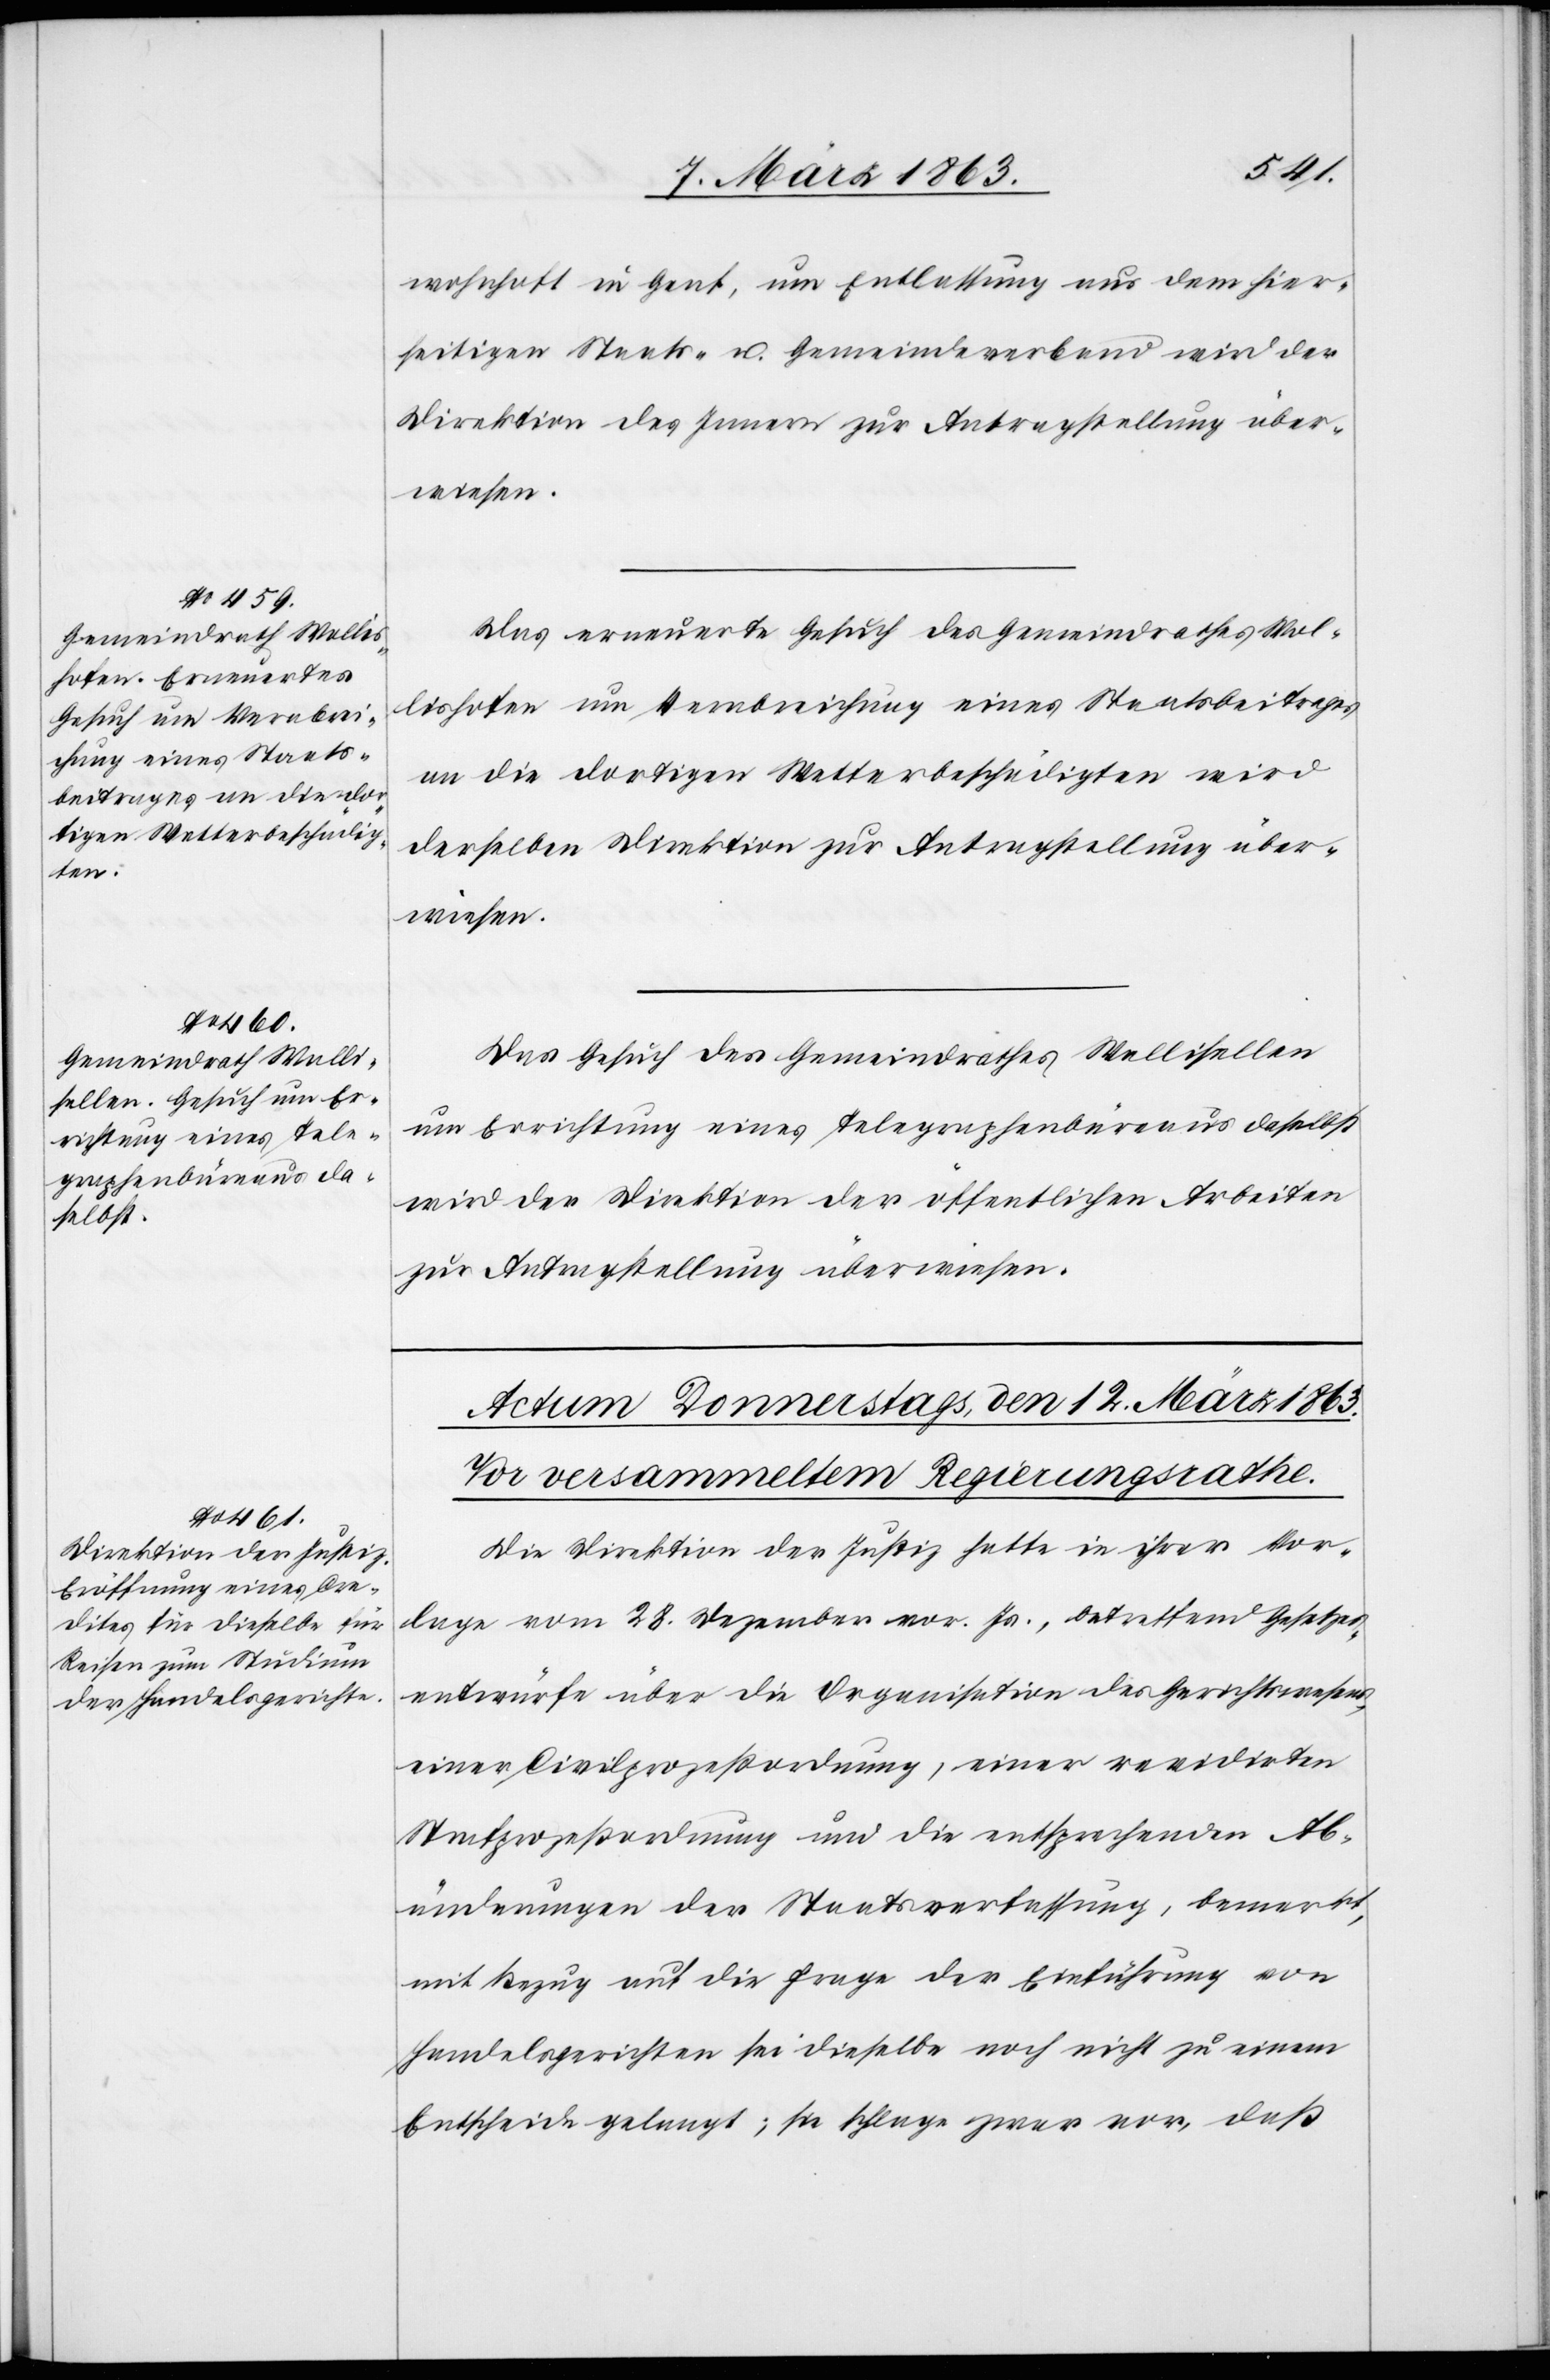
wohnhaft in Genf, um Entlassung aus dem hier¬
seitigen Staats- u. Gemeindeverband wird der
Direktion des Innern zur Antragstellung über¬
wiesen.
Das erneuerte Gesuch des Gemeindrathes Wol¬
lishofen um Verabreichung eines Staatsbeitrages
an die dortigen Wetterbeschädigten wird
derselben Direktion zur Antragstellung über¬
wiesen.
Das Gesuch des Gemeindrathes Wallisellen
um Errichtung eines Telegraphenbüreaus daselbst
wird der Direktion der öffentlichen Arbeiten
zur Antragstellung überwiesen.
Die Direktion der Justiz hatte in ihrer Vor¬
lage vom 28. Dezember vor. Js., betreffend Gesetzes¬
entwürfe über die Organisation des Gerichtswesens,
einer Civilprozeßordnung, einer revidirten
Strafprozeßordnung und die entsprechenden Ab¬
änderungen der Staatsverfassung, bemerkt,
mit Bezug auf die Frage der Einführung von
Handelsgerichten sei dieselbe noch nicht zu einem
Entscheide gelangt; sie schlage zwar vor, daß